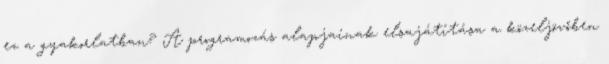
ez a gyakorlatban? A programozás alapjainak elsajátítása a közeljövőben